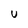
Character: U